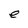
Character: e